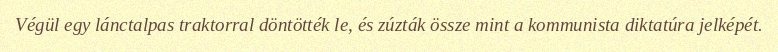
Végül egy lánctalpas traktorral döntötték le, és zúzták össze mint a kommunista diktatúra jelképét.